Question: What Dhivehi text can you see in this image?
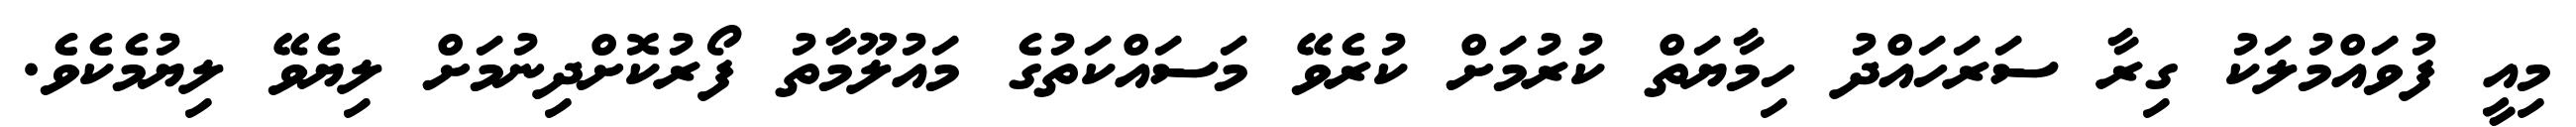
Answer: މިއީ ފުވައްމުލަކު ގިރާ ސަރަހައްދު ހިމާޔަތް ކުރުމަށް ކުރެވޭ މަސައްކަތުގެ މައުލޫމާތު ފޯރުކޮށްދިނުމަށް ލިޔެވޭ ލިޔުމެކެވެ.